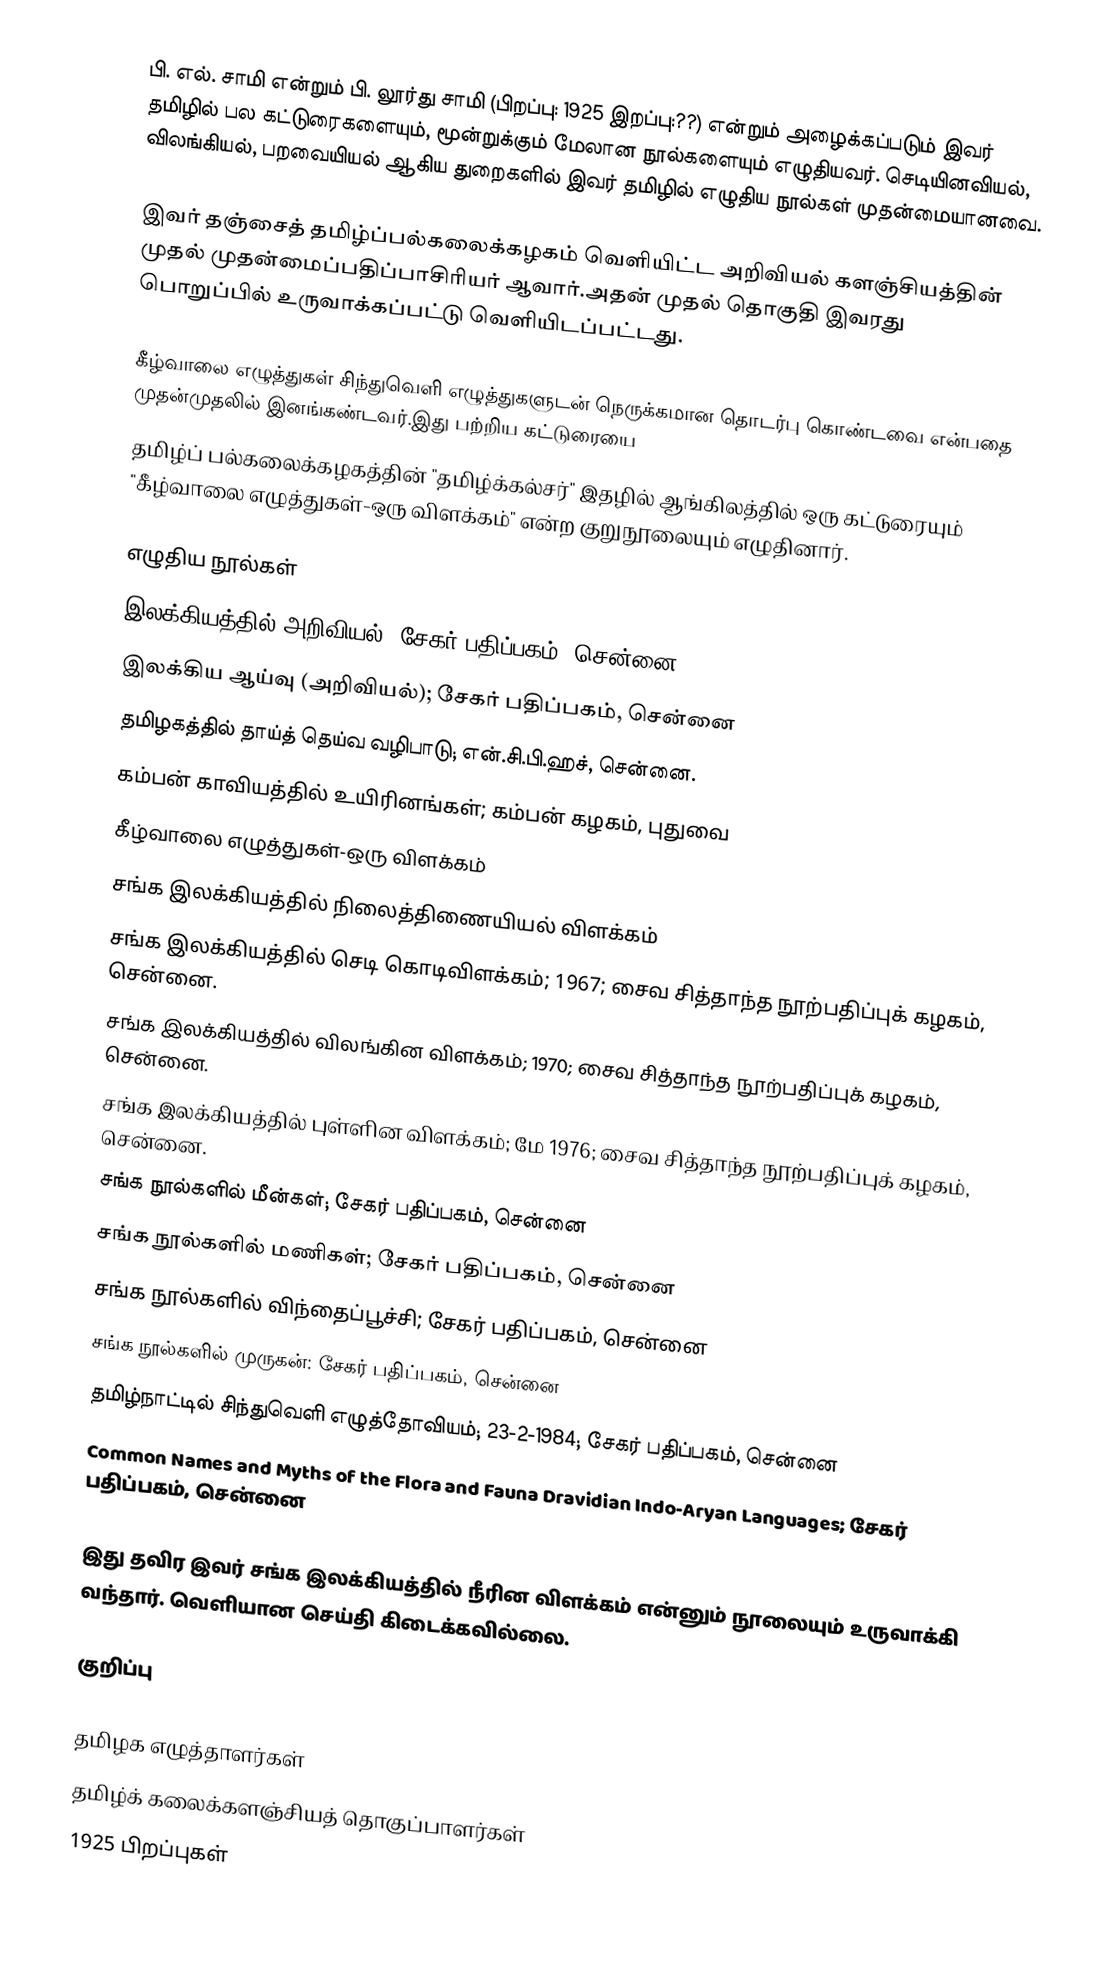
பி. எல். சாமி என்றும் பி. லூர்து சாமி (பிறப்பு: 1925 இறப்பு:??) என்றும் அழைக்கப்படும் இவர் தமிழில் பல கட்டுரைகளையும், மூன்றுக்கும் மேலான நூல்களையும் எழுதியவர். செடியினவியல், விலங்கியல், பறவையியல் ஆகிய துறைகளில் இவர் தமிழில் எழுதிய நூல்கள் முதன்மையானவை.

இவர் தஞ்சைத் தமிழ்ப்பல்கலைக்கழகம் வெளியிட்ட அறிவியல் களஞ்சியத்தின் முதல் முதன்மைப்பதிப்பாசிரியர் ஆவார்.அதன் முதல் தொகுதி இவரது பொறுப்பில் உருவாக்கப்பட்டு வெளியிடப்பட்டது.

கீழ்வாலை எழுத்துகள் சிந்துவெளி எழுத்துகளுடன் நெருக்கமான தொடர்பு கொண்டவை என்பதை முதன்முதலில் இனங்கண்டவர்.இது பற்றிய கட்டுரையை
தமிழ்ப் பல்கலைக்கழகத்தின் "தமிழ்க்கல்சர்" இதழில் ஆங்கிலத்தில் ஒரு கட்டுரையும் "கீழ்வாலை எழுத்துகள்-ஒரு விளக்கம்" என்ற குறுநூலையும் எழுதினார்.

எழுதிய நூல்கள்
 இலக்கியத்தில் அறிவியல்; சேகர் பதிப்பகம், சென்னை,
 இலக்கிய ஆய்வு (அறிவியல்); சேகர் பதிப்பகம், சென்னை
 தமிழகத்தில் தாய்த் தெய்வ வழிபாடு; என்.சி.பி.ஹச், சென்னை.
 கம்பன் காவியத்தில் உயிரினங்கள்; கம்பன் கழகம், புதுவை
 கீழ்வாலை எழுத்துகள்-ஒரு விளக்கம்
 சங்க இலக்கியத்தில் நிலைத்திணையியல் விளக்கம்
சங்க இலக்கியத்தில் செடி கொடிவிளக்கம்; 1967; சைவ சித்தாந்த நூற்பதிப்புக் கழகம், சென்னை.
 சங்க இலக்கியத்தில் விலங்கின விளக்கம்; 1970; சைவ சித்தாந்த நூற்பதிப்புக் கழகம், சென்னை.
 சங்க இலக்கியத்தில் புள்ளின விளக்கம்; மே 1976; சைவ சித்தாந்த நூற்பதிப்புக் கழகம், சென்னை.
 சங்க நூல்களில் மீன்கள்; சேகர் பதிப்பகம், சென்னை
 சங்க நூல்களில் மணிகள்; சேகர் பதிப்பகம், சென்னை
 சங்க நூல்களில் விந்தைப்பூச்சி; சேகர் பதிப்பகம், சென்னை
 சங்க நூல்களில் முருகன்: சேகர் பதிப்பகம், சென்னை
 தமிழ்நாட்டில் சிந்துவெளி எழுத்தோவியம்; 23-2-1984; சேகர் பதிப்பகம், சென்னை
 Common Names and Myths of the Flora and Fauna Dravidian Indo-Aryan Languages; சேகர் பதிப்பகம், சென்னை

இது தவிர இவர் சங்க இலக்கியத்தில் நீரின விளக்கம் என்னும் நூலையும் உருவாக்கி வந்தார். வெளியான செய்தி கிடைக்கவில்லை.

குறிப்பு

தமிழக எழுத்தாளர்கள்
தமிழ்க் கலைக்களஞ்சியத் தொகுப்பாளர்கள்
1925 பிறப்புகள்